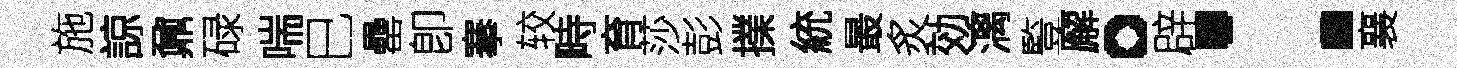
施諒鼐碌喘巳罍卽搴较畤育莎彭擈統最炙効漓䜿廨。辟：襄